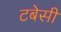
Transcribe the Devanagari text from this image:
टबेसी